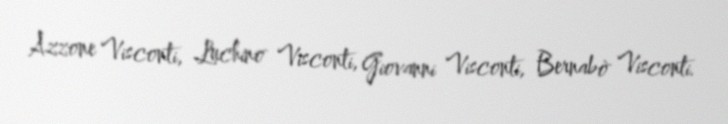
Azzone Visconti, Luchino Visconti, Giovanni Visconti, Bernabò Visconti.